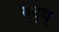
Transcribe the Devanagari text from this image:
युद्ध्